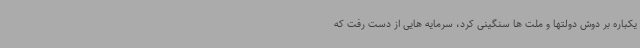
یکباره بر دوش دولتها و ملت ها سنگینی کرد، سرمایه هایی از دست رفت که